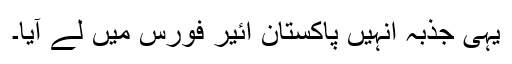
یہی جذبہ انہیں پاکستان ائیر فورس میں لے آیا۔